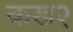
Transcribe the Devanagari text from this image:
कख२